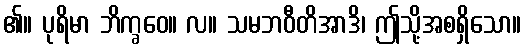
၏။ ပုရိမာ ဘိက္ခဝေ။ လ။ သမဘဝီတိအာဒိ၊ ဤသို့အစရှိသော။